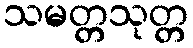
သမတ္တသုတ္တ